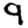
Digit: 9